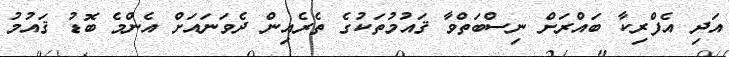
އަދި އެފްރިކާ ބައްރަށް ނިސްބަތްވާ ޤައުމުތަކުގެ ތެރެއިން ދެވަނައަށް އެންމެ ބޮޑު ޤައުމު